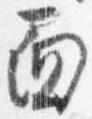
面